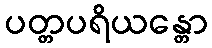
ပတ္တပရိယန္တော